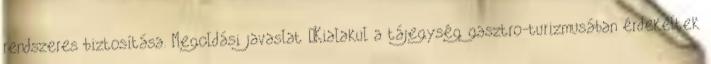
rendszeres biztosítása. Megoldási javaslat ▪Kialakul a tájegység gasztro-turizmusában érdekeltek